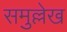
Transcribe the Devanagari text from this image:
समुल्लेख